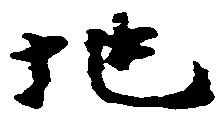
地